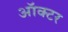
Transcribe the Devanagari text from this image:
ऑक्टर